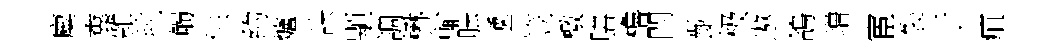
麋糞雜毬觸供約爐訣顒調楙輸胠遞笠檄膳櫓閏齔极遨鴿増宦裂于疽